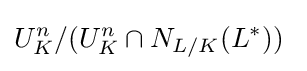
U_{K}^{n}/(U_{K}^{n}\cap N_{L/K}(L^{*}))\